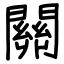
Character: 關